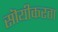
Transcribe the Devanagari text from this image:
सॊयीकरता